Annual report on the health of the army in India
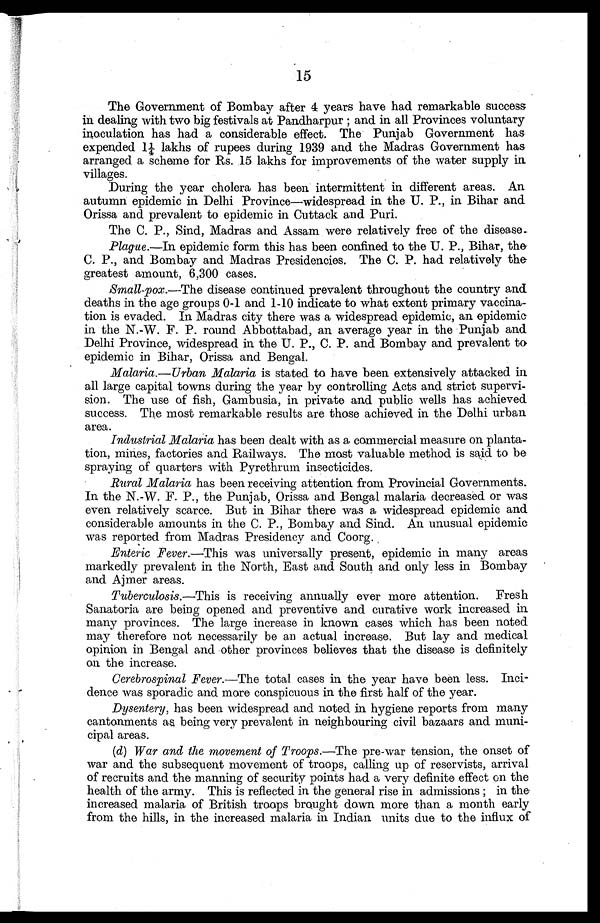
15
The Government of Bombay after 4 years have had remarkable success
in dealing with two big festivals at Pandharpur ; and in all Provinces voluntary
inoculation has had a considerable effect. The Punjab Government had.
expended 1 lakhs of rupees during 1939 and the Madras Government has
arranged a scheme for Rs. 15 lakhs for improvements of the water supply in
villages.
During the year cholera has been intermittent in different areas. An
autumn epidemic in Delhi Province—widespread in the U. P., in Bihar and
Orissa and prevalent to epidemic in Cuttack and Puri.
The C. P., Sind, Madras and Assam were relatively free of the disease..
Plague.—In epidemic form this has been confined to the U. P., Bihar, the.
C. P., and Bombay and Madras Presidencies. The C. P . had relatively the
greatest amount, 6,300 cases.
Small-pox.—The disease continued prevalent throughout the country and
deaths in the age groups 0-1 and 1-10 indicate to what extent primary vaccina-
tion is evaded. In Madras city there was a widespread epidemic, an epidemic
in the N.-W. F. P. round Abbottabad, an average year in the Punjab and
Delhi Province, widespread in the U. P., C. P. and Bombay and prevalent t&
epidemic in Bihar, Orissa and Bengal.
Malaria.—Urban Malaria is stated to have been extensively attacked in
all large capital towns durin g the year by controlling Acts and strict supervi-
sion. The use of fish, Gambusia, in private and public wells has achieved
success. The most remarkable results are those achieved in the Delhi urban
area.
Industrial Malaria has been dealt with as a commercial measure on planta-
tion, mines, factories and Railways. The most valuable method is said to be
spraying of quarters with Pyrethrum insecticides.
Rural Malaria has been receiving attention from Provincial Governments.
In the N.-W. F. P., the Punjab, Orissa and Bengal malaria decreased or was
even relatively scarce. But in Bihar there was a widespread epidemic and
considerable amounts in the C. P., Bombay and Sind. An unusual epidemic
was reported from Madras Presidency and Coorg.
Enteric Fever.—This was universally present, epidemic in many areas
markedly prevalent in the North, East and South and only less in Bombay
and. Ajmer areas.
Tuberculosis.—This is receiving annually ever more attention. Fresh
Sanatoria are being opened and preventive and curative work increased in
many provinces. The large increase in known cases which has been noted
may therefore not necessarily be an actual increase. But lay and medical
opinion in Bengal and other provinces believes that the disease is definitely
on the increase.
Cerebrospinal Fever .—The total cases in the year have been less. Inci-
dence was sporadic and more conspicuous in the first half of the year.
Dysentery, has been widespread and noted in hygiene reports from many
cantonments as being very prevalent in neighbouring civil bazaars and muni-
cipal areas.
(d) War and the movement of Troops.—The pre-war tension, the onset of
war and the subsequent movement of troops, calling up of reservists, arrival
of recruits and the manning of security points had a very definite effect on the
health of the army. This is reflected in the general rise in admissions ; in the
increased malaria of British troops brought down more than a month early
from the hills, in the increased malaria in Indian units due to the influx of